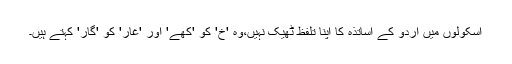
اسکولوں میں اردو کے اساتذہ کا اپنا تلفظ ٹھیک نہیں،وہ 'خ' کو 'کھے' اور 'غار' کو 'گار' کہتے ہیں۔